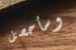
وسأحصل